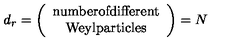
d _ { r } = \left( \begin{array} { c } { \mathrm { { \small n u m b e r o f d i f f e r e n t } } } \\ { \mathrm { { \small W e y l p a r t i c l e s } } } \\ \end{array} \right) = N